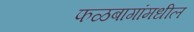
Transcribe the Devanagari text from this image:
फळबागांमधील